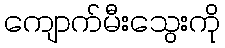
ကျောက်မီးသွေးကို